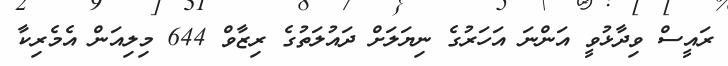
ރައީސް ވިދާޅުވީ އަންނަ އަހަރުގެ ނިޔަލަށް ދައުލަތުގެ ރިޒާވް 644 މިލިއަން އެމެރިކާ